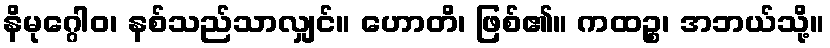
နိမုဂ္ဂေါဝ၊ နစ်သည်သာလျှင်။ ဟောတိ၊ ဖြစ်၏။ ကထဉ္စ၊ အဘယ်သို့။